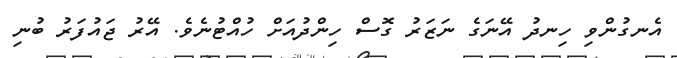
އެނގުންވި ހިނދު އޭނަގެ ނަޒަރު ގޮސް ހިންދުއަށް ހުއްޓުނެވެ. އޭރު ޖައުފަރު ބުނި